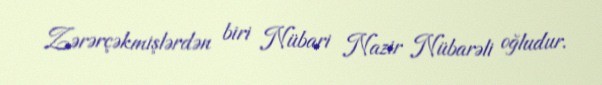
Zərərçəkmişlərdən biri Nübari Nazir Nübarəli oğludur.